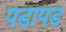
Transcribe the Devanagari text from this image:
पडापड